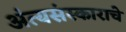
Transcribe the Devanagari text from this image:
अंत्यसंस्काराचे